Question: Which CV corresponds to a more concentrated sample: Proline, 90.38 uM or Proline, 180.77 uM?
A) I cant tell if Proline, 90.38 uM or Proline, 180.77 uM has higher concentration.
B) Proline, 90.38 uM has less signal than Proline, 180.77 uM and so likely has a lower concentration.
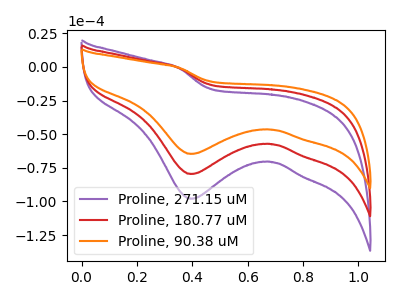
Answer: <think>The purple curve "Proline, 271.15 uM" has a cathodic peak at: (0.40V, -159.20uA). The red curve "Proline, 180.77 uM" has a cathodic peak at: (0.40V, -79.60uA). The orange curve "Proline, 90.38 uM" has a cathodic peak at: (0.40V, -64.65uA).
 All the peaks in "Proline, 90.38 uM" have a peak in "Proline, 180.77 uM" at the same potential. Every peak in "Proline, 90.38 uM" is lower than every peak in "Proline, 180.77 uM".</think>
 <answer>B) "Proline, 90.38 uM" has less signal than "Proline, 180.77 uM" and so likely has a lower concentration.</answer>
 <eval>B</eval>